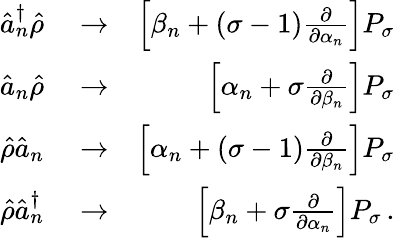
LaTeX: \begin{array}{rlr}{\hat{a}_{n}^{\dagger}\hat{\rho}}&{{}\rightarrow}&{\left[\beta_{n}+\left(\sigma-1\right)\frac{\partial}{\partial\alpha_{n}}\right]P_{\sigma}}\\ {\hat{a}_{n}\hat{\rho}}&{{}\rightarrow}&{\left[\alpha_{n}+\sigma\frac{\partial}{\partial\beta_{n}}\right]P_{\sigma}}\\ {\hat{\rho}\hat{a}_{n}}&{{}\rightarrow}&{\left[\alpha_{n}+\left(\sigma-1\right)\frac{\partial}{\partial\beta_{n}}\right]P_{\sigma}}\\ {\hat{\rho}\hat{a}_{n}^{\dagger}}&{{}\rightarrow}&{\left[\beta_{n}+\sigma\frac{\partial}{\partial\alpha_{n}}\right]P_{\sigma}\, .}\end{array}